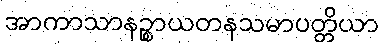
အာကာသာနဉ္စာယတနသမာပတ္တိယာ